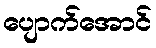
ပျောက်အောင်